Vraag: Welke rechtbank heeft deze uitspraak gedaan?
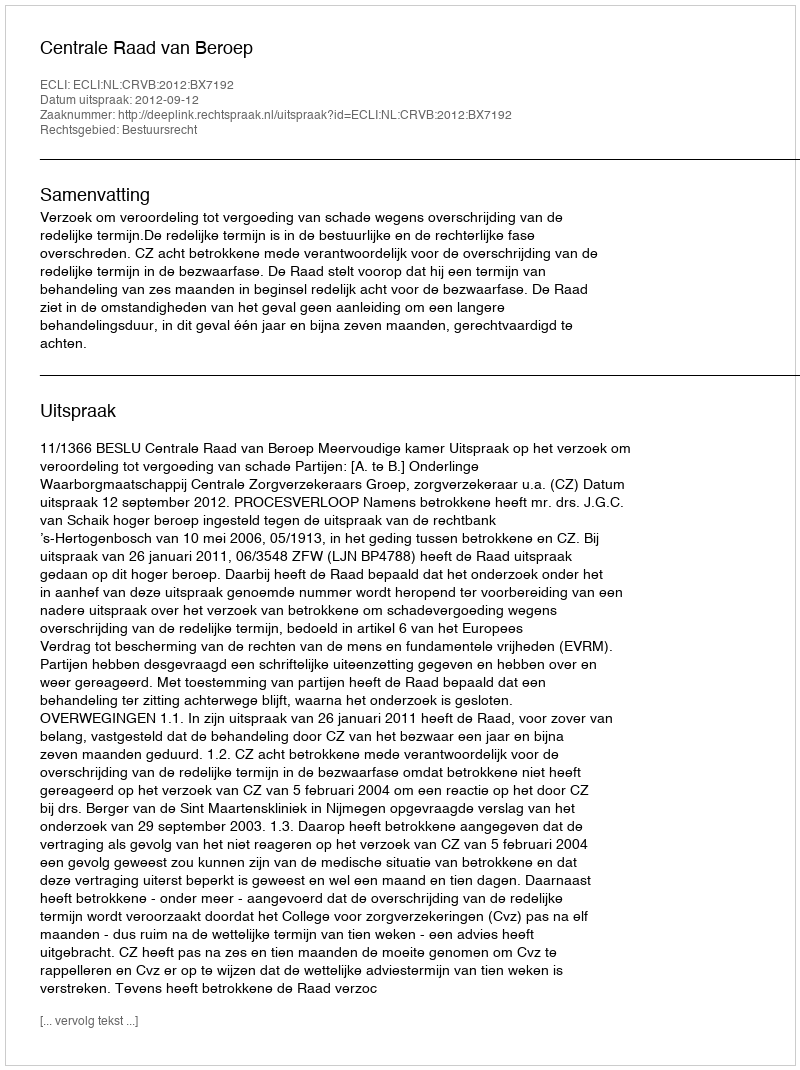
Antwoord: Centrale Raad van Beroep